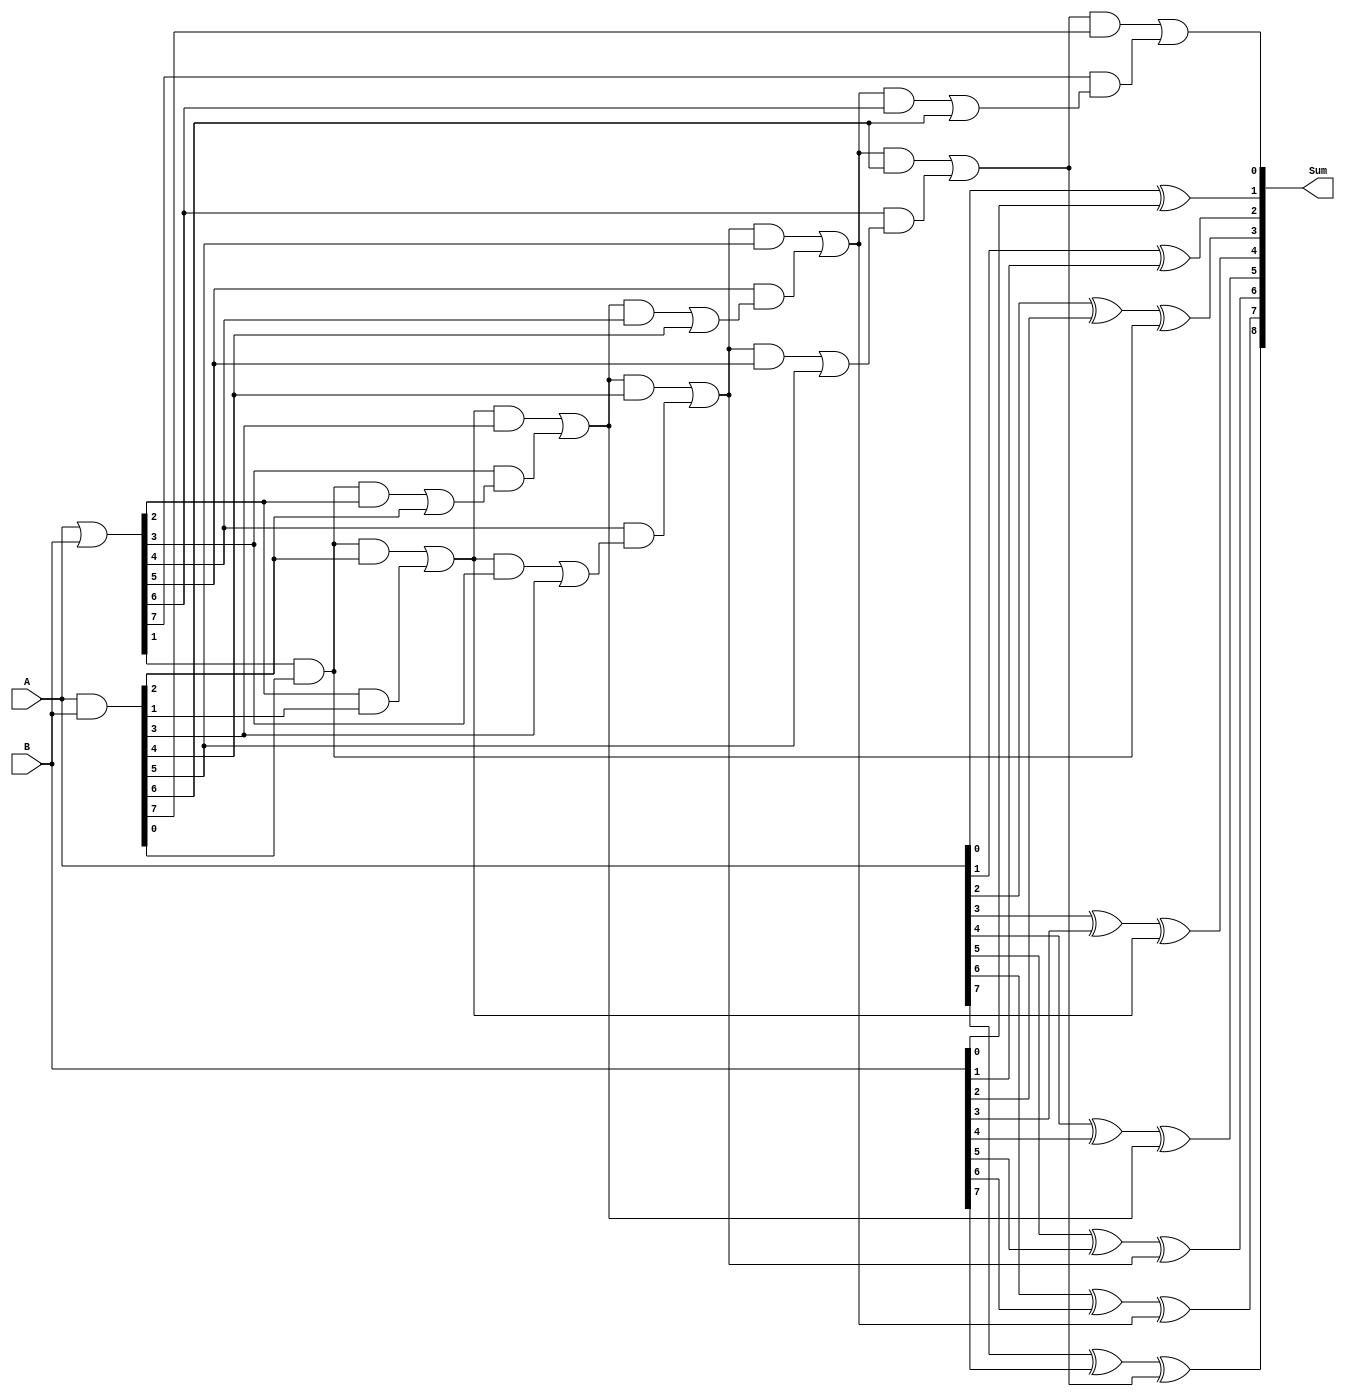
module CarrySelectLookaheadAdder (
    input wire [N-1:0] A,
    input wire [N-1:0] B,
    output wire [N:0] Sum
);

parameter N = 8; // Number of bits for the input numbers

// Internal signals
wire [N:0] P, G, Cin;
wire [N-1:0] C;

// Generate and propagate signals
assign P = A | B;
assign G = A & B;

// Carry calculation
assign Cin[0] = 1'b0;
generate
    genvar i;
    for (i = 0; i < N; i = i + 1) begin : carry_select_block
        assign C[i] = (i == 0) ? Cin[0] : (Cin[i-1] & P[i-1]) | G[i-1];
        assign Cin[i+1] = (Cin[i] & G[i]) | (P[i] & C[i]);
    end
endgenerate

// Sum calculation
assign Sum[0] = Cin[N];
generate
    genvar i;
    for (i = 0; i < N; i = i + 1) begin : generate_sum
        assign Sum[i+1] = A[i] ^ B[i] ^ Cin[i];
    end
endgenerate

endmodule